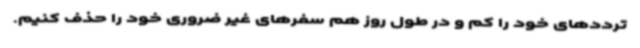
ترددهای خود را کم و در طول روز هم سفرهای غیر ضروری خود را حذف کنیم.